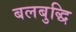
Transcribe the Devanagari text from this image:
बलबुद्धि